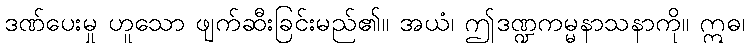
ဒဏ်ပေးမှု ဟူသော ဖျက်ဆီးခြင်းမည်၏။ အယံ၊ ဤဒဏ္ဍကမ္မနာသနာကို။ ဣဓ၊